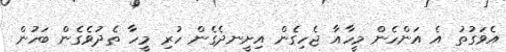
އެވަގުތު އެ އަންހެން މީހާއާ ޖެހިގެން އިށީނދެގެން ހުރި މީހާ ތެދުވެގެން ބަހުން